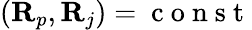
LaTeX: ({\mathbf R}_{p},{\mathbf R}_{j})=\mathrm{~c~o~n~s~t~}